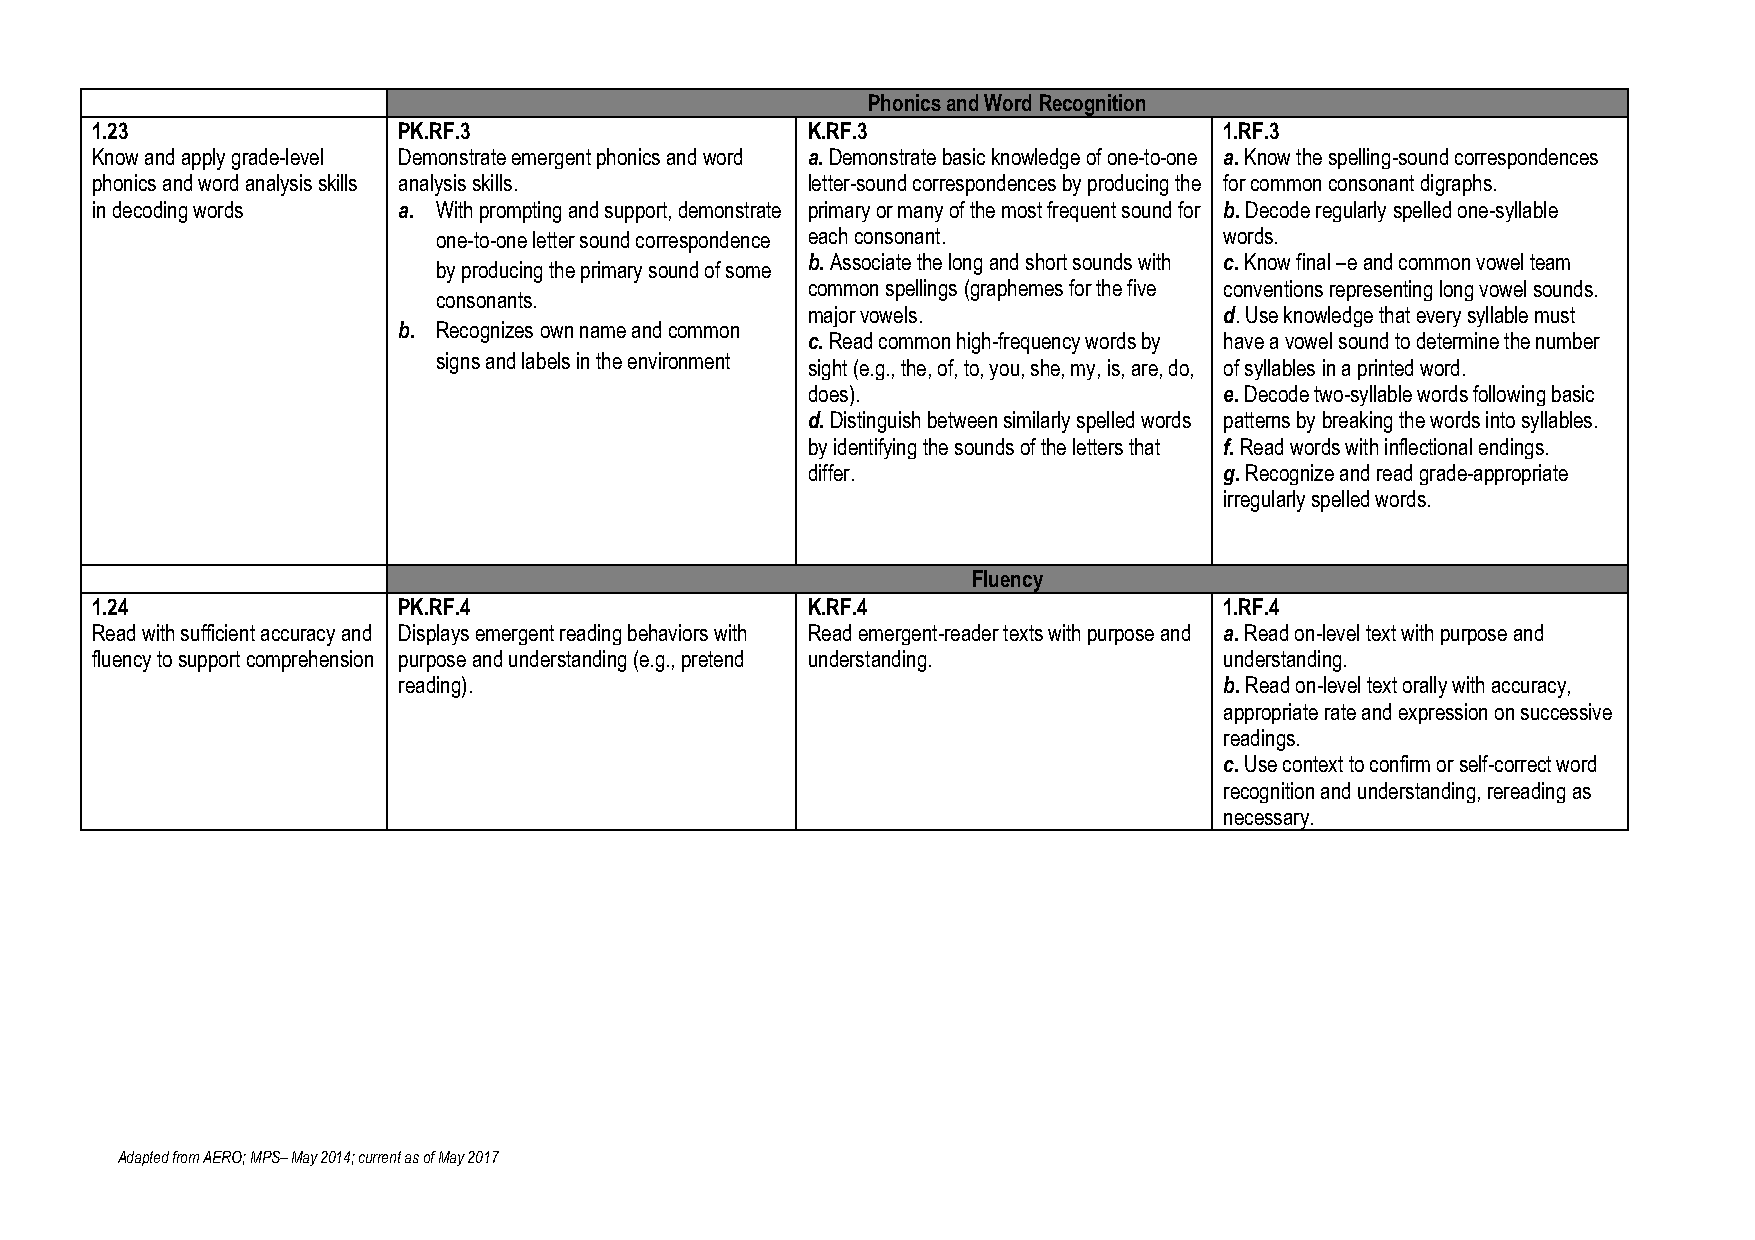
Phonics and Word Recognition
 1.23                PK.RF.3                    K.RF.3                      1.RF.3
 Know and apply grade-level Demonstrate emergent phonics and word a. Demonstrate basic knowledge of one-to-one a. Know the spelling-sound correspondences
 phonics and word analysis skills analysis skills. letter-sound correspondences by producing the for common consonant digraphs.
 in decoding words   a. With prompting and support, demonstrate primary or many of the most frequent sound for b. Decode regularly spelled one-syllable
 one-to-one letter sound correspondence each consonant. words.
 b. Associate the long and short sounds with c. Know final –e and common vowel team
 by producing the primary sound of some
 common spellings (graphemes for the five conventions representing long vowel sounds.
 consonants.
 major vowels.               d. Use knowledge that every syllable must
 b. Recognizes own name and common
 c. Read common high-frequency words by have a vowel sound to determine the number
 signs and labels in the environment
 sight (e.g., the, of, to, you, she, my, is, are, do, of syllables in a printed word.
 does).                      e. Decode two-syllable words following basic
 d. Distinguish between similarly spelled words patterns by breaking the words into syllables.
 by identifying the sounds of the letters that f. Read words with inflectional endings.
 differ.                     g. Recognize and read grade-appropriate
 irregularly spelled words.
 Fluency
 1.24                PK.RF.4                    K.RF.4                      1.RF.4
 Read with sufficient accuracy and Displays emergent reading behaviors with Read emergent-reader texts with purpose and a. Read on-level text with purpose and
 fluency to support comprehension purpose and understanding (e.g., pretend understanding. understanding.
 reading).                                              b. Read on-level text orally with accuracy,
 appropriate rate and expression on successive
 readings.
 c. Use context to confirm or self-correct word
 recognition and understanding, rereading as
 necessary.
 Adapted from AERO; MPS– May 2014; current as of May 2017